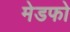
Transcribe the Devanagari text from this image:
मेडफो